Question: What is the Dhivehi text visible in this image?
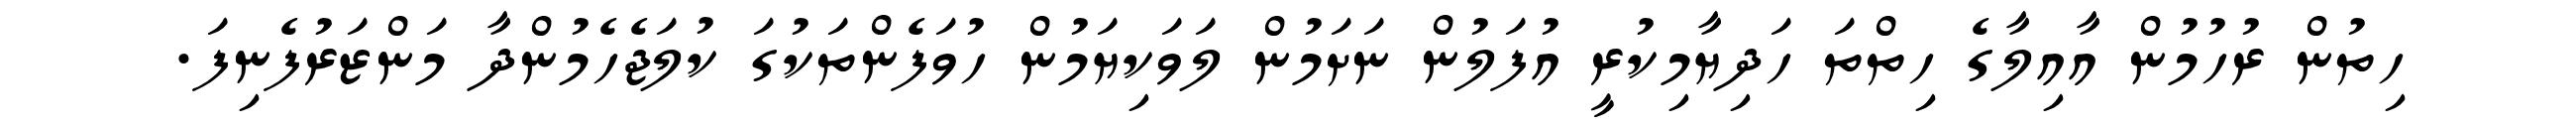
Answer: ހިތުން ރުހުމުން އާއިލާގެ ހިތްތަ ހަދިޔާމިކުރީ އުފަލުން ނަށަމުން ލަވަކިޔަމުން ހުވަފެންތަކުގަ ކުލަޖެހެމުންދާ މަންޒަރުފެނިފަ.